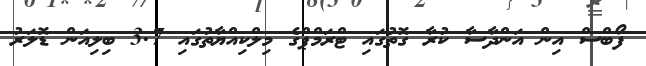
ފޯބްސް އިން އަންދާސާ ކުރާ ގޮތުގައި ޓްރަމްޕްގެ މިލްކިއްޔާތުގައި 3.7 ބިލިއަން ޑޮލަރު